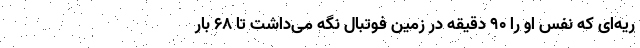
ریه‌ای که نفس او را ۹۰ دقیقه در زمین فوتبال نگه‌ می‌داشت تا ۶۸ بار